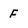
Character: F